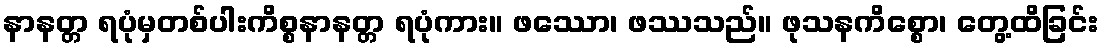
နာနတ္တ ရပုံမှတစ်ပါးကိစ္စနာနတ္တ ရပုံကား။ ဖဿော၊ ဖဿသည်။ ဖုသနကိစ္စော၊ တွေ့ထိခြင်း